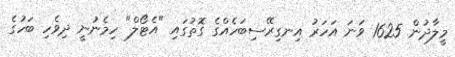
މީލާދުން 1625 ވަނަ އަހަރު އިނގިރޭސިބަހެއްގެ ގޮތުގައި "އެޓޯލް" ހިމެނުނީ ދިވެހި ބަހުގެ